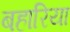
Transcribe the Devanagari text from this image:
बहारिया